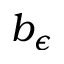
b _ { \epsilon }